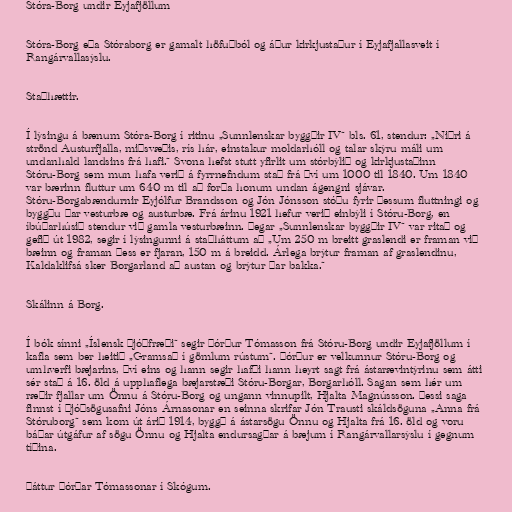
Stóra-Borg undir Eyjafjöllum

Stóra-Borg eða Stóraborg er gamalt höfuðból og áður kirkjustaður í Eyjafjallasveit í
Rangárvallasýslu.

Staðhættir.

Í lýsingu á bænum Stóra-Borg í ritinu „Sunnlenskar byggðir IV“ bls. 61, stendur: „Niðri á
strönd Austurfjalla, miðsvæðis, rís hár, einstakur moldarhóll og talar skýru máli um
undanhald landsins frá hafi.“ Svona hefst stutt yfirlit um stórbýlið og kirkjustaðinn
Stóru-Borg sem mun hafa verið á fyrrnefndum stað frá því um 1000 til 1840. Um 1840
var bærinn fluttur um 640 m til að forða honum undan ágengni sjávar.
Stóru-Borgabændurnir Eyjólfur Brandsson og Jón Jónsson stóðu fyrir þessum fluttningi og
byggðu þar vesturbæ og austurbæ. Frá árinu 1921 hefur verið einbýli í Stóru-Borg, en
íbúðarhúsið stendur við gamla vesturbæinn. Þegar „Sunnlenskar byggðir IV“ var ritað og
gefið út 1982, segir í lýsingunni á staðháttum að „Um 250 m breitt graslendi er framan við
bæinn og framan þess er fjaran, 150 m á breidd. Árlega brýtur framan af graslendinu,
Kaldaklifsá sker Borgarland að austan og brýtur þar bakka.“

Skálinn á Borg.

Í bók sínni „Íslensk þjóðfræði“ segir Þórður Tómasson frá Stóru-Borg undir Eyjafjöllum í
kafla sem ber heitið „Gramsað í gömlum rústum“. Þórður er velkunnur Stóru-Borg og
umhverfi bæjarins, því eins og hann segir hafði hann heyrt sagt frá ástarævintýrinu sem átti
sér stað á 16. öld á upphaflega bæjarstæði Stóru-Borgar, Borgarhóll. Sagan sem hér um
ræðir fjallar um Önnu á Stóru-Borg og ungann vinnupilt, Hjalta Magnússson. Þessi saga
finnst í þjóðsögusafni Jóns Árnasonar en seinna skrifar Jón Trausti skáldsöguna „Anna frá
Stóruborg“ sem kom út árið 1914, byggð á ástarsögu Önnu og Hjalta frá 16. öld og voru
báðar útgáfur af sögu Önnu og Hjalta endursagðar á bæjum í Rangárvallarsýslu í gegnum
tíðina.

Þáttur Þórðar Tómassonar í Skógum.